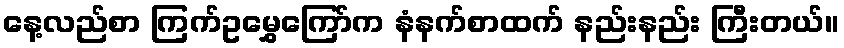
နေ့လည်စာ ကြက်ဥမွှေကြော်က နံနက်စာထက် နည်းနည်း ကြီးတယ်။